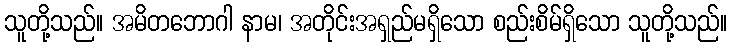
သူတို့သည်။ အမိတဘောဂါ နာမ၊ အတိုင်းအရှည်မရှိသော စည်းစိမ်ရှိသော သူတို့သည်။